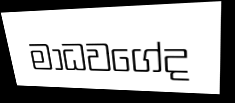
මාධවගේද